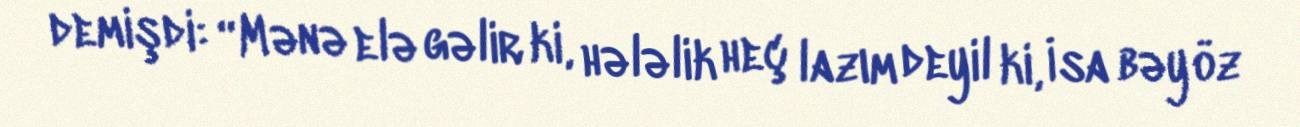
demişdi: “Mənə elə gəlir ki, hələlik heç lazım deyil ki, İsa bəy öz